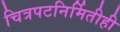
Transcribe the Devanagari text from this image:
चित्रपटनिर्मितीही